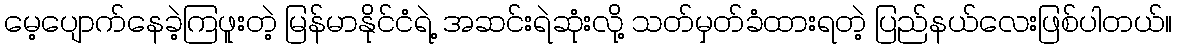
မေ့ပျောက်နေခဲ့ကြဖူးတဲ့ မြန်မာနိုင်ငံရဲ့ အဆင်းရဲဆုံးလို့ သတ်မှတ်ခံထားရတဲ့ ပြည်နယ်လေးဖြစ်ပါတယ်။